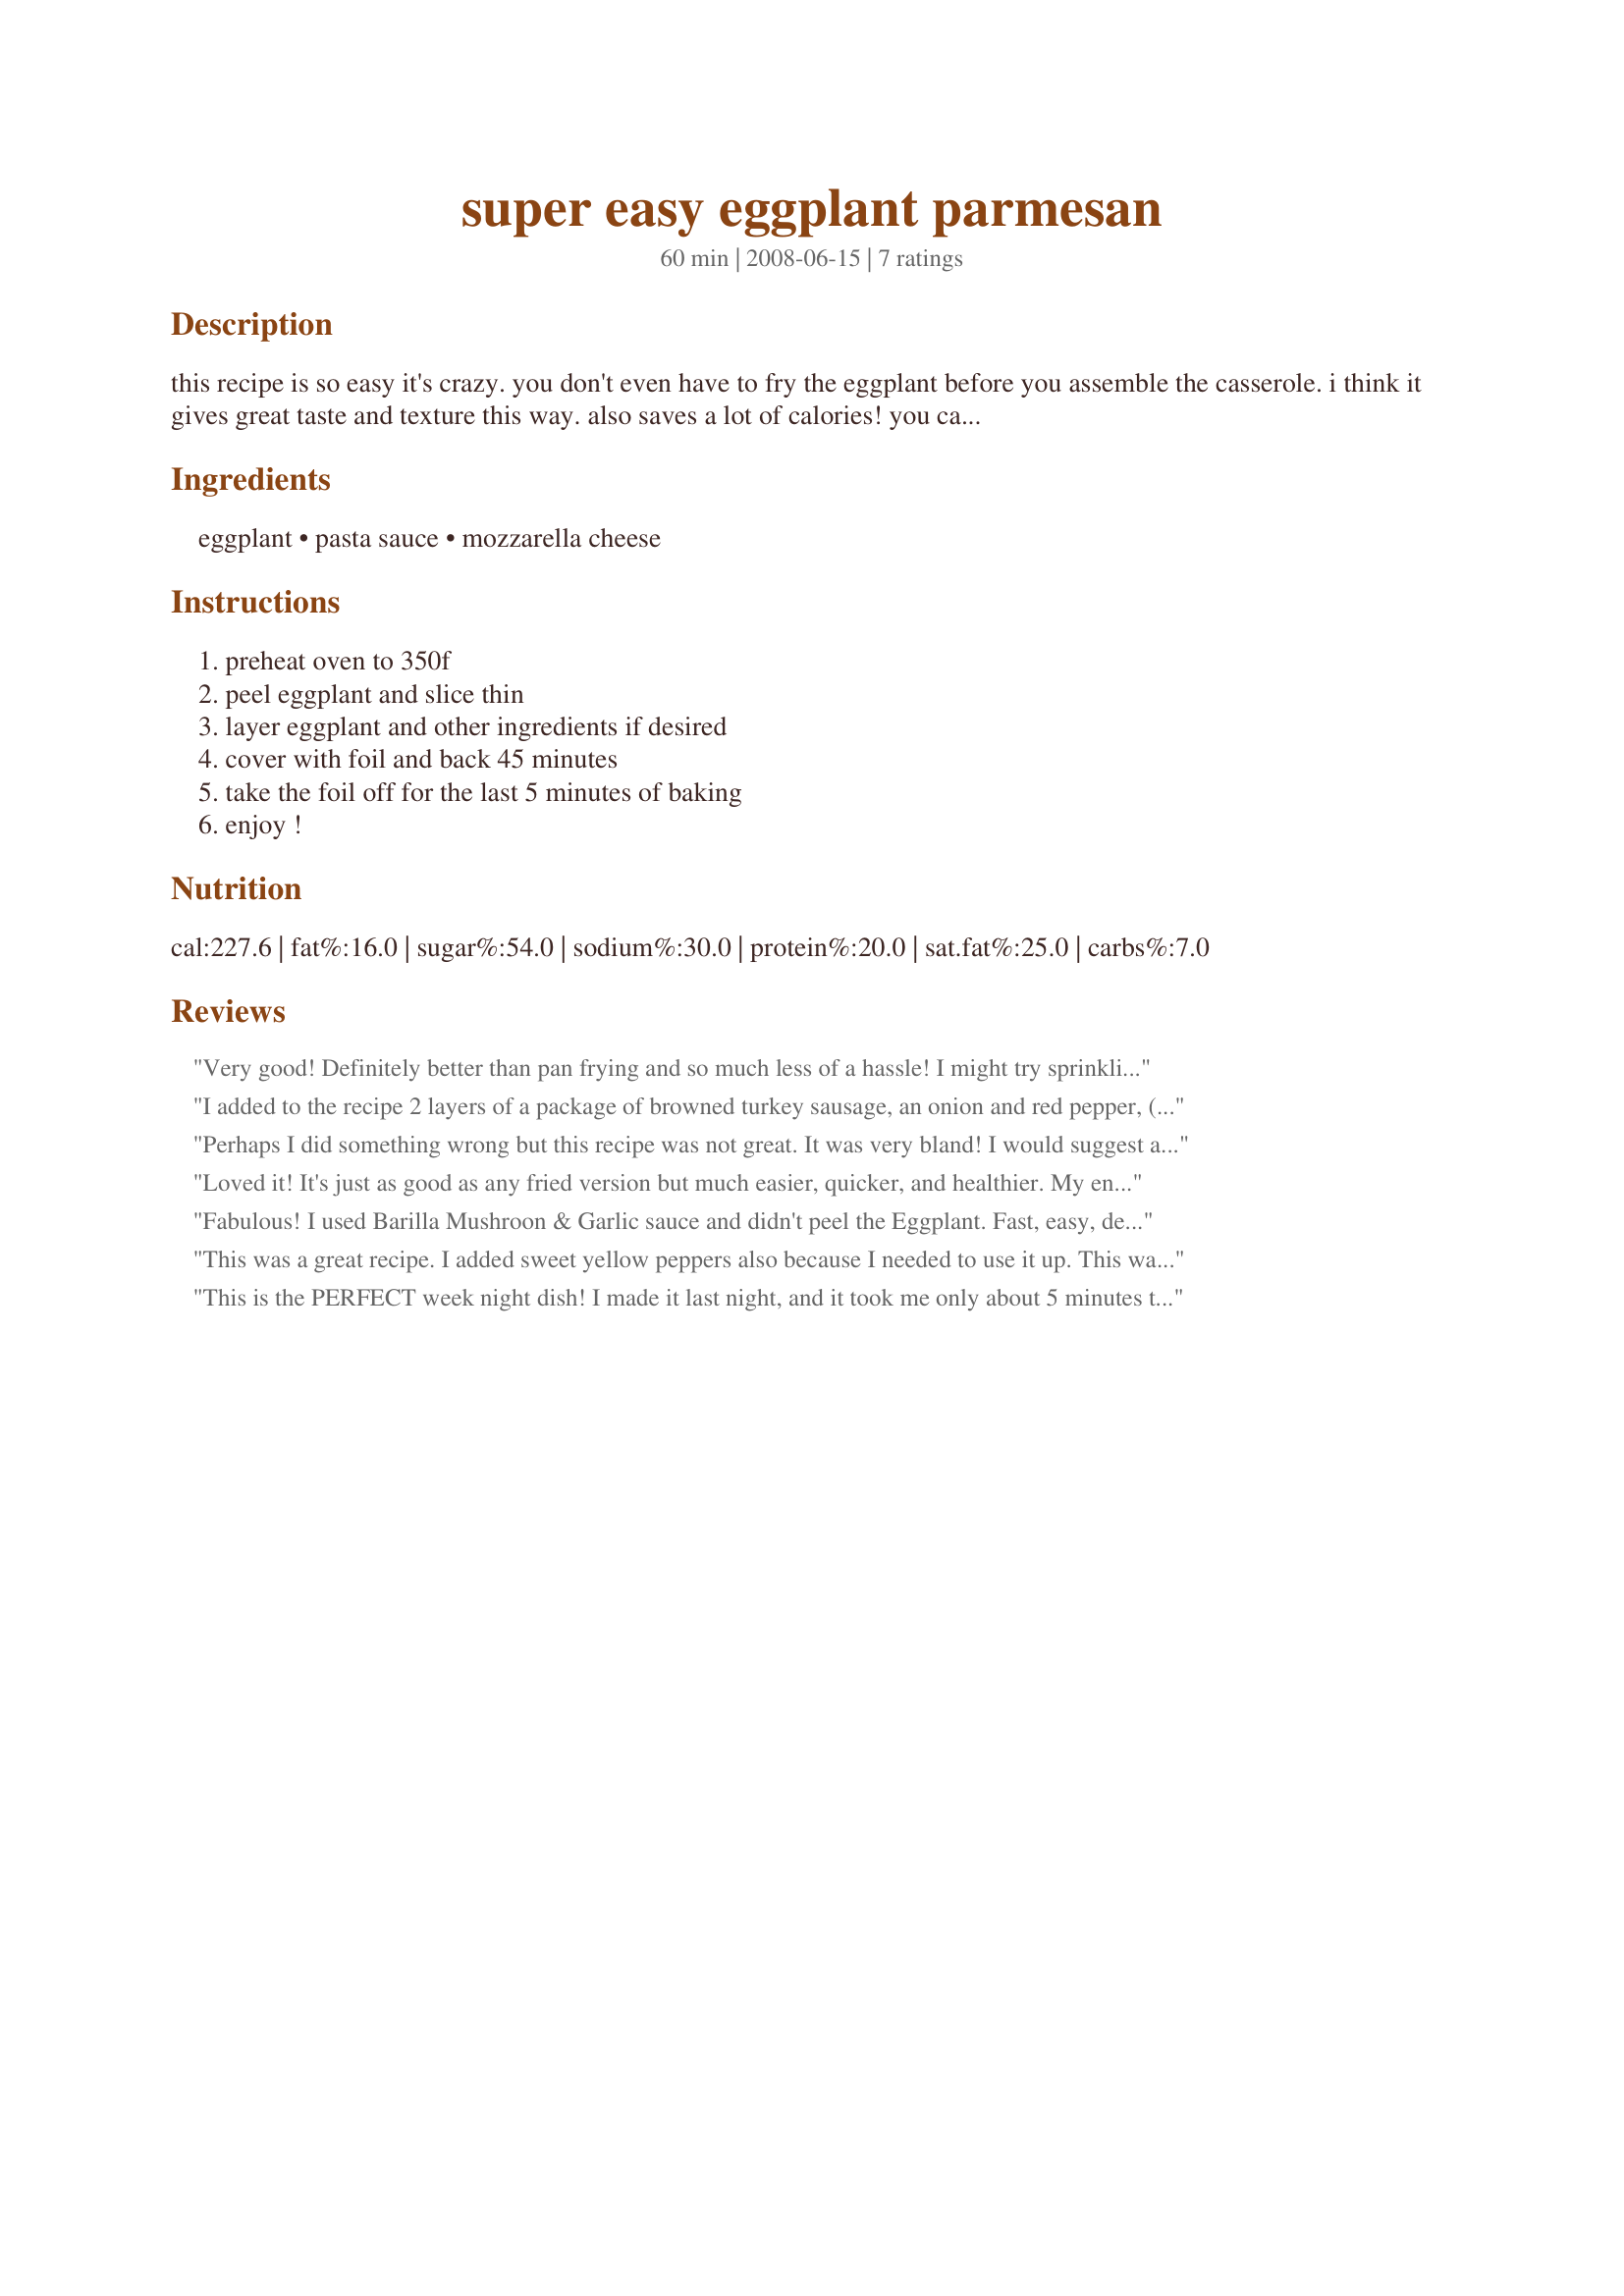
super easy eggplant parmesan
Preparation time: 60 minutes

this recipe is so easy it's crazy. you don't even have to fry the eggplant before you assemble the casserole. i think it gives great taste and texture this way. also saves a lot of calories! you can also throw in other items such as mushrooms, onions or sausage. i do occasionally to make a whole meal in one dish.

Ingredients:
eggplant, pasta sauce, mozzarella cheese

Steps:
preheat oven to 350f, peel eggplant and slice thin, layer eggplant and other ingredients if desired, cover with foil and back 45 minutes, take the foil off for the last 5 minutes of baking, enjoy !

Reviews:
Very good! Definitely better than pan frying and so much less of a hassle! I might try sprinkling some breadcrumbs in next time, just for some added texture.
I added to the recipe 2 layers of a package of browned turkey sausage, an onion and red pepper, (chopped and sauteed), and ricotta cheese. I wish I'd pre-sauteed the eggplant, because with all these extra ingredients it didn't fully cook!! Otherwise, delicious.
Perhaps I did something wrong but this recipe was not great. It was very bland! I would suggest adding a lot of spices and maybe cutting the eggplant smaller. Texture was good. Next time I will make with a lot of spice and add ricotta for a more lasagna-like dish.
Loved it! It's just as good as any fried version but much easier, quicker, and healthier. My entire family raved about it and gobbled it all up. I made it again tonight and added fresh mushrooms -- tasty, but soupier so next time I'll saute the mushrooms before adding to remove some of the liquid.
Fabulous! I used Barilla Mushroon & Garlic sauce and didn't peel the Eggplant. Fast, easy, delicious!
This was a great recipe. I added sweet yellow peppers also because I needed to use it up. This was delicious.
This is the PERFECT week night dish! I made it last night, and it took me only about 5 minutes to assemble. The flavor depends on the type of spaghetti sauce you use, but I used some inexpensive sauce that I bought at Aldi grocery store, and it was delicious. I don't think I will ever again bread the eggplant for Eggplant Parmesan after making this. The absence of breading made it much lighter - and healthier! This is indeed super easy, but also super good!
